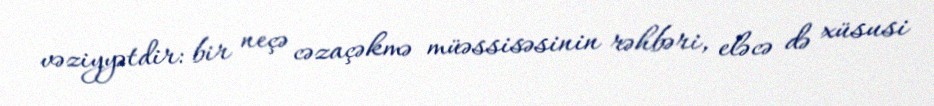
vəziyyətdir: bir neçə cəzaçəkmə müəssisəsinin rəhbəri, eləcə də xüsusi